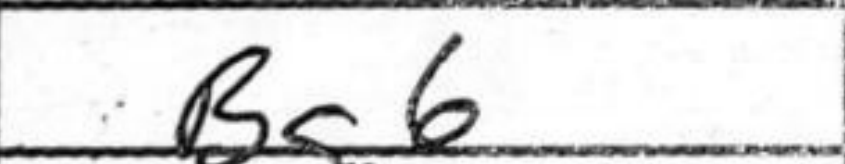
Transcription: Bg6